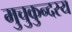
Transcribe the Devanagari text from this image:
मुचुकुन्दस्य